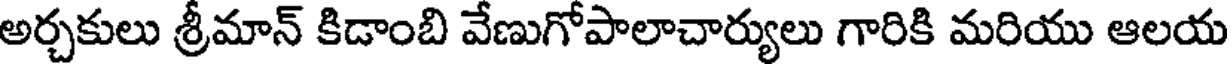
అర్చకులు శ్రీమాన్ కిడాంబి వేణుగోపాలాచార్యులు గారికి మరియు ఆలయ